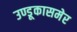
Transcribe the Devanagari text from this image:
उण्डूकासमेर